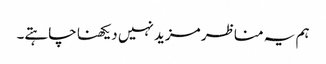
ہم یہ مناظر مزید نہیں دیکھنا چاہتے۔